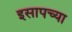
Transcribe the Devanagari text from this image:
इसापच्या